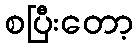
စပြီးတော့